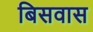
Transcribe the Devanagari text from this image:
बिसवास